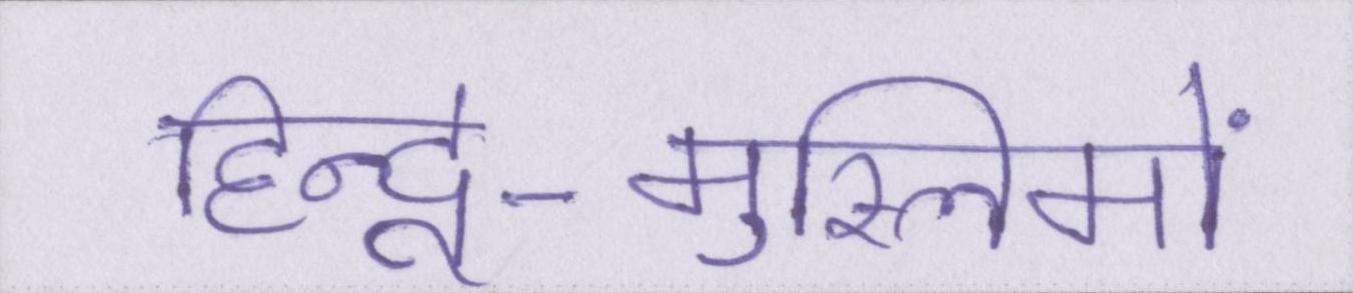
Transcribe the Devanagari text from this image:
हिन्दू-मुस्लिमों